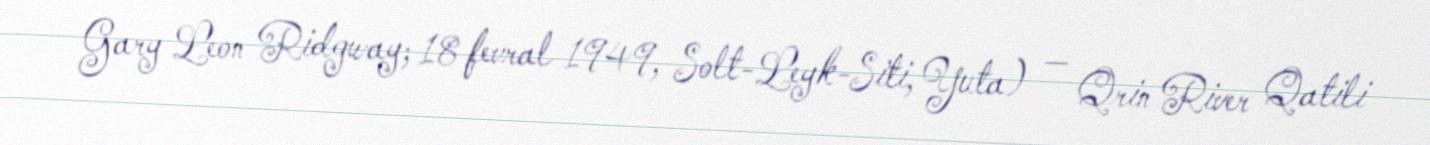
Gary Leon Ridgway; 18 fevral 1949, Solt-Leyk-Siti, Yuta) — Qrin River Qatili